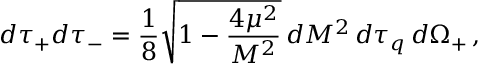
d \tau _ { + } d \tau _ { - } = { \frac { 1 } { 8 } } \sqrt { 1 - { \frac { 4 \mu ^ { 2 } } { M ^ { 2 } } } } \, d M ^ { 2 } \, d \tau _ { q } \, d \Omega _ { + } \, ,